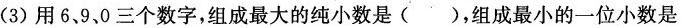
(3)用6，9，0三个数字，组成最大的纯小数是（ ），组成最小的一位小数是